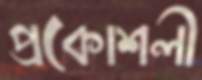
প্রকোশলী